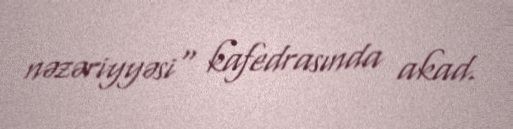
nəzəriyyəsi" kafedrasında akad.